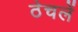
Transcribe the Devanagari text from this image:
ठेचलें